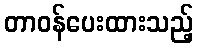
တာဝန်ပေးထားသည့်